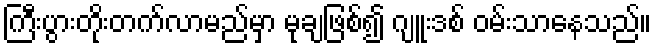
ကြီးပွားတိုးတက်လာမည်မှာ မုချဖြစ်၍ ဂျူးဒစ် ဝမ်းသာနေသည်။